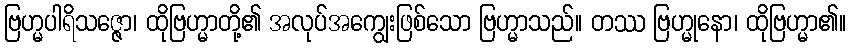
ဗြဟ္မပါရိသဇ္ဇော၊ ထိုဗြဟ္မာတို့၏ အလုပ်အကျွေးဖြစ်သော ဗြဟ္မာသည်။ တဿ ဗြဟ္မုနော၊ ထိုဗြဟ္မာ၏။